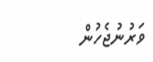
ވަރުނުޖެހުން